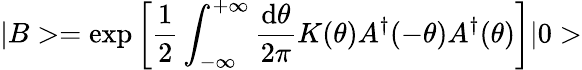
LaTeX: |B>=\exp\left[\frac{1}{2}\int_{-\infty}^{+\infty}\frac{\mathrm{d}\theta}{2\pi}K(\theta)A^{\dagger}(-\theta)A^{\dagger}(\theta)\right]|0>